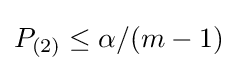
P_{(2)}\leq \alpha /(m-1)